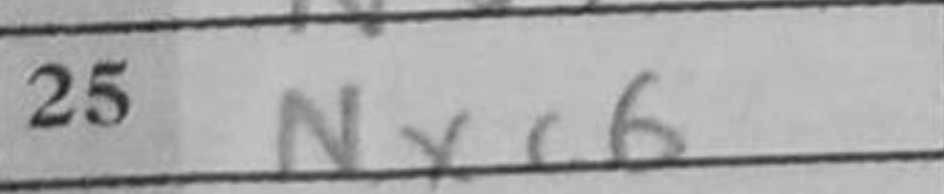
Transcription: Nxc6